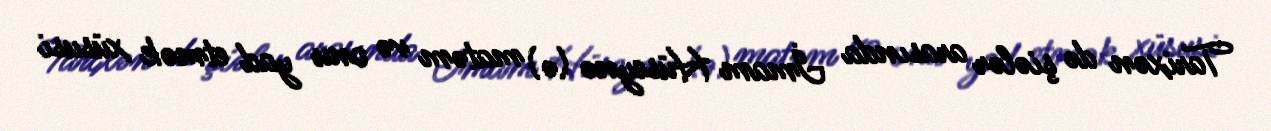
Tarixən də şiələr arasında İmam Hüseynə (ə) matəm və onu yad etmək xüsusi